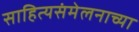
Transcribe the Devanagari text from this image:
साहित्यसंमेलनाच्या